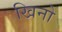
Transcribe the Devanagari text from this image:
खिनो